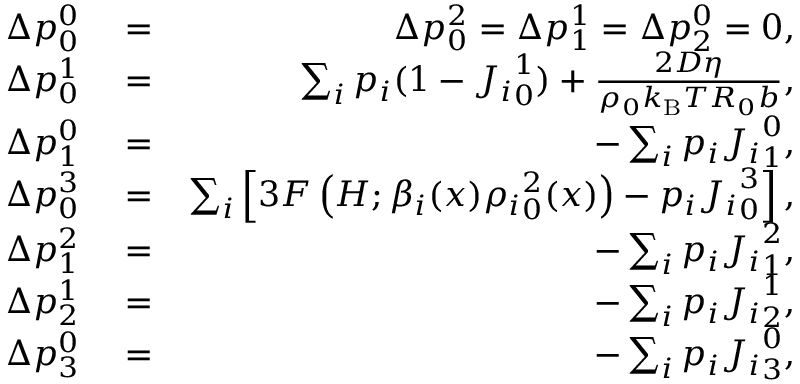
\begin{array} { r l r } { \Delta p _ { 0 } ^ { 0 } } & { { } = } & { \Delta p _ { 0 } ^ { 2 } = \Delta p _ { 1 } ^ { 1 } = \Delta p _ { 2 } ^ { 0 } = 0 , } \\ { \Delta p _ { 0 } ^ { 1 } } & { { } = } & { \sum _ { i } p _ { i } ( 1 - { J _ { i } } _ { 0 } ^ { 1 } ) + \frac { 2 D \eta } { \rho _ { 0 } k _ { \mathrm { B } } T R _ { 0 } b } , } \\ { \Delta p _ { 1 } ^ { 0 } } & { { } = } & { - \sum _ { i } p _ { i } { J _ { i } } _ { 1 } ^ { 0 } , } \\ { \Delta p _ { 0 } ^ { 3 } } & { { } = } & { \sum _ { i } \left[ 3 F \left( H ; \beta _ { i } ( x ) { \rho _ { i } } _ { 0 } ^ { 2 } ( x ) \right) - p _ { i } { J _ { i } } _ { 0 } ^ { 3 } \right] , } \\ { \Delta p _ { 1 } ^ { 2 } } & { { } = } & { - \sum _ { i } p _ { i } { J _ { i } } _ { 1 } ^ { 2 } , } \\ { \Delta p _ { 2 } ^ { 1 } } & { { } = } & { - \sum _ { i } p _ { i } { J _ { i } } _ { 2 } ^ { 1 } , } \\ { \Delta p _ { 3 } ^ { 0 } } & { { } = } & { - \sum _ { i } p _ { i } { J _ { i } } _ { 3 } ^ { 0 } , } \end{array}